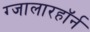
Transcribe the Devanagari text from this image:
ग्जालारहॉर्न